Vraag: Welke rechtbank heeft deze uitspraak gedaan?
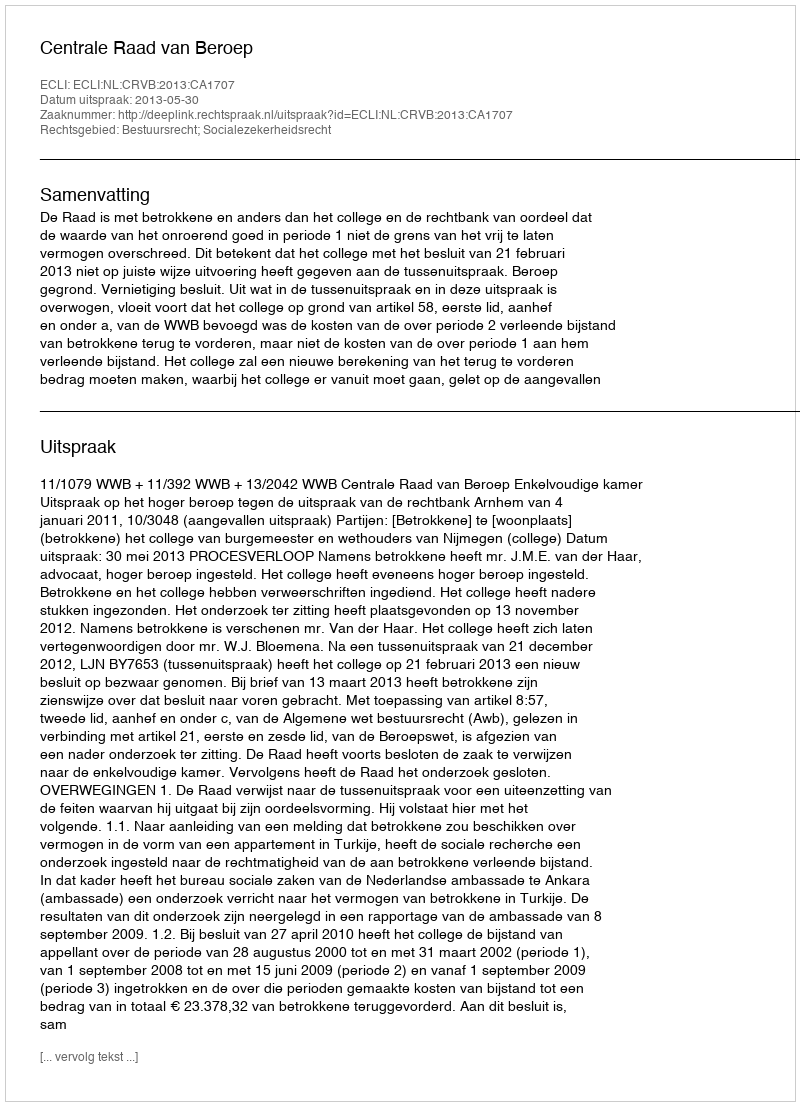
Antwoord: Centrale Raad van Beroep